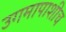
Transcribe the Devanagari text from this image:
उगमापाशीच